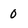
Character: 0